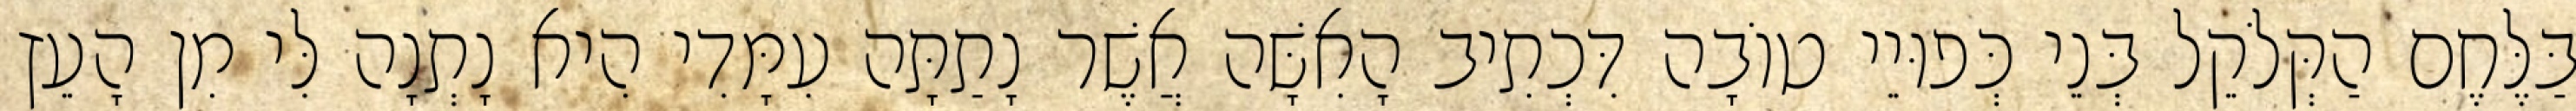
בַּלֶּחֶם הַקְּלֹקֵל בְּנֵי כְּפוּיֵי טוֹבָה דִּכְתִיב הָאִשָּׁה אֲשֶׁר נָתַתָּה עִמָּדִי הִיא נָתְנָה לִּי מִן הָעֵץ